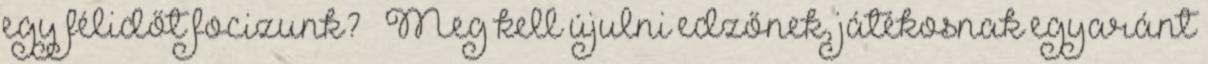
egy félidőt focizunk?” „Meg kell újulni edzőnek, játékosnak egyaránt